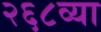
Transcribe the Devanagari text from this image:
२६८व्या